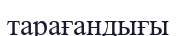
тарағандығы